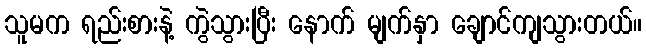
သူမက ရည်းစားနဲ့ ကွဲသွားပြီး နောက် မျက်နှာ ချောင်ကျသွားတယ်။